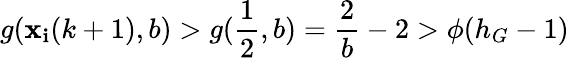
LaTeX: g(\mathbf{x}_{\mathbf{i}}(k+1),b)>g(\frac{{1}}{{2}},b)=\frac{{2}}{{b}}-2>\phi(h_{G}-1)